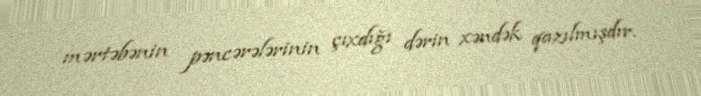
mərtəbənin pəncərələrinin çıxdığı dərin xəndək qazılmışdır.